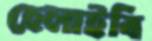
হেলাইবি